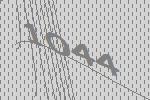
1044